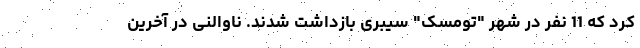
کرد که 11 نفر در شهر "تومسک" سیبری بازداشت شدند. ناوالنی در آخرین